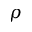
\rho